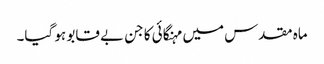
ماہ مقدس میں مہنگائی کا جن بے قابو ہو گیا۔